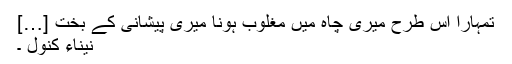
تمہارا اس طرح میری چاہ میں مغلوب ہونا میری پیشانی کے بخت […]
نیناء کنول ۔